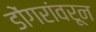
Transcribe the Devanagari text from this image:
डोंगरांवरून